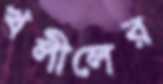
খলীলের